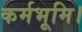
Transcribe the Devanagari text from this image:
कर्मभूमि।